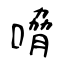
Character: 嗋